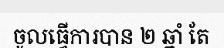
ចូលធ្វើការបាន ២ ឆ្នាំ តែ